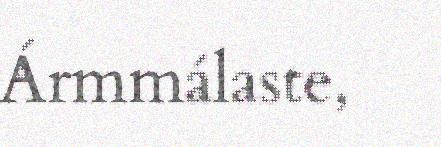
Ármmálaste,